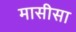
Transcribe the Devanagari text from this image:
मासीसा